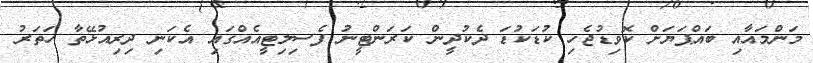
މަންމައާއި ބައްޕަޔަށް ކޮވިޑުޖެހި ކުޑަކުޑަ ދެކުދީން ކަރަންޓީނު ފެސިލިޓީއެއްގައި އެކަނި ދިރިއުޅޭތާ ހަތަރު